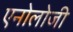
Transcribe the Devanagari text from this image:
एनोलोजी